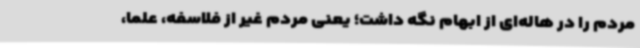
مردم را در هاله‌ای از ابهام نگه داشت؛ یعنی مردم غیر از فلاسفه، علما،